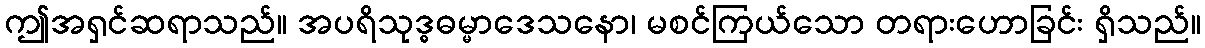
ဤအရှင်ဆရာသည်။ အပရိသုဒ္ဓဓမ္မာဒေသနော၊ မစင်ကြယ်သော တရားဟောခြင်း ရှိသည်။